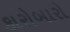
કારોબારો